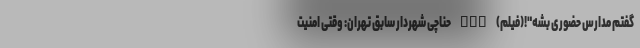
گفتم مدارس حضوری بشه"!(فیلم) nan حناچی شهردار سابق تهران: وقتی امنیت